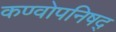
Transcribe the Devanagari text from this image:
कण्वोपनिषद्‌